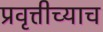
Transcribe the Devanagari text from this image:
प्रवृत्तीच्याच